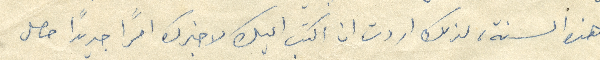
هذه السنة، لذلك أردت ان اكتب اليك لاخبرك امرًا جديدًا حصل